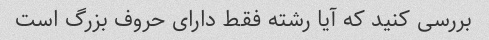
بررسی کنید که آیا رشته فقط دارای حروف بزرگ است